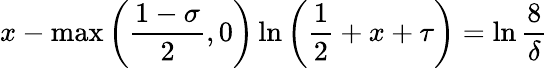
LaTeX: x-\operatorname*{max}\left({\frac{1-\sigma}{2}},0\right)\ln\left({\frac{1}{2}}+x+\tau\right)=\ln{\frac{8}{\delta}}